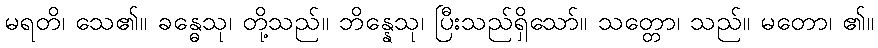
မရတိ၊ သေ၏။ ခန္ဓေသု၊ တို့သည်။ ဘိန္နေသု၊ ပြီးသည်ရှိသော်။ သတ္တော၊ သည်။ မတော၊ ၏။